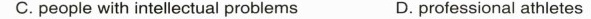
C.people with intellectual problems D. professional athletes